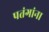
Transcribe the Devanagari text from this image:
पतंगांना